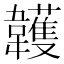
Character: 䪝